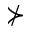
\nsucc